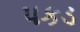
પકડ